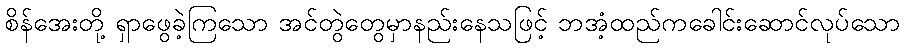
စိန်အေးတို့ ရှာဖွေခဲ့ကြသော အင်တွဲတွေမှာနည်းနေသဖြင့် ဘအံ့ထည်ကခေါင်းဆောင်လုပ်သော